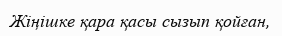
Жіңішке қара қасы сызып қойған,